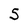
Character: S